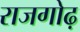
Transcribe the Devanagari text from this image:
राजगोढ़